Leaving Certificate Examination, 1905
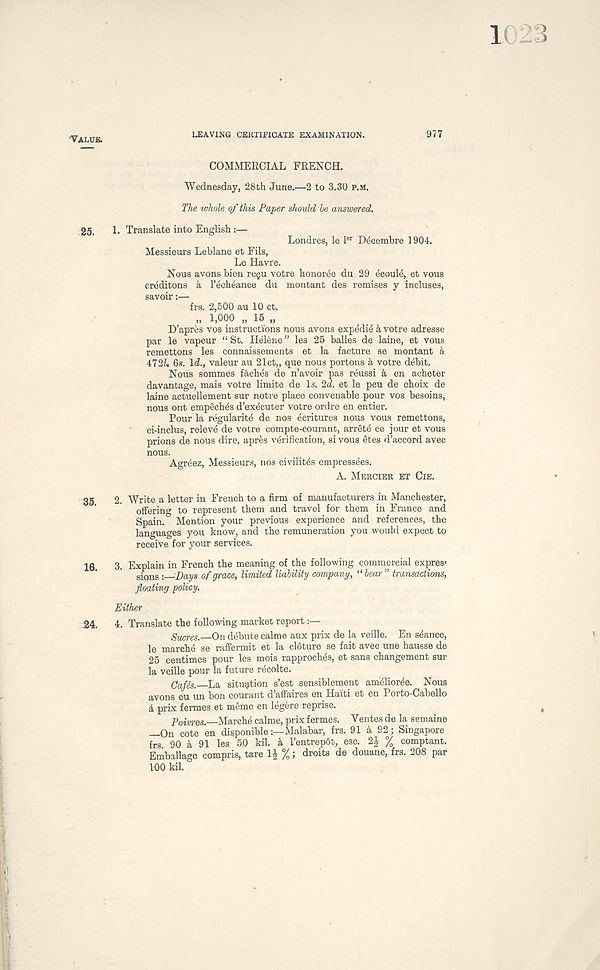
'VALUE.
LEAVING CEKTIFICATE EXAMINATION.
977
COMMERCIAL FRENCH.
Wednesday, 28th June.—2 to 3.30 P.M.
The whole of this Paper should be answered.
25.
1. Translate into English:—
Londres, le l er Decembre 1904.
Messieurs Leblanc et Fils,
Le Havre.
Nous avons bien regu votre honor^e du 29 ecoule, et vous
creditons a I’echeance du montant des remises y incluses,
savoir:—
frs. 2,500 au 10 ct.
„ 1,000 „ 15 „
D’apres vos instructions nous avons expedie a votre adresse
par le vapeur “ St. Helene ” les 25 balles de laine, et vous
remettons les connaissements et la facture se montant a
472Zi 6s. Id., valeur au 21ct„ que nous portons k votre debit.
Nous sommes faches de n’avoir pas reussi k en acheter
davantage, mais votre limite de Is. 2d. et le peu de choix de
laine actuellement sur notre place convenable pour vos besoins,
nous ont empeches d’ex4cuter votre ordre en entier.
Pour la regularity de nos ecritures nous vous remettons,
ci-inclus, releve de votre compte-courant, arrets ce jour et vous
prions de nous dire, apres verification, si vous etes d’accord avec
nous.
Agreez, Messieurs, nos civilitcis empressees.
A. MERCIER ET CIE.
35
2. Write a letter in French to a firm of manufacturers in Manchester,
offering to represent them and travel for them in France and
Spain. Mention your previous experience and references, the
languages you know, and the remuneration you would expect to
receive for your services.
16
3. Explain in French the meaning of the following commercial expres*
sions ;
Pays of grace, limited liability company, ,l bear” transactions,
floating policy.
Either
24.
4. Translate the following market report
Sucres. On debute calme aux prix de la reille. En stance,
le marche se raffermit et la cloture se fait avec une hausse de
25 centimes pour les mois rapproches, et sans changement sur
la veille pour la future recolte.
CafSs. La situation s’est sensiblement ameliorye. Nous
avons eu un bon courant d’affaires en Haiti et en Porto-Cabello
k prix femes et mime en legere reprise.
Poiwes. Marche calme, prix fermes. Ventes de la semaine
—On cote en disponibleMalabar, frs. 91 a 92; Singapore
frs 90 & 91 les 50 kil. k I’entrepot, esc. 2£ % comptant.
Emballagc compris, tare 1J %; droits de douane, frs. 208 par
100 kil.